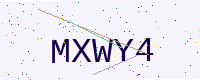
Text: MXWY4